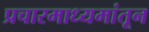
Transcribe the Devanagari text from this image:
प्रचारमाध्यमांतून